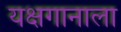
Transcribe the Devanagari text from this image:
यक्षगानाला